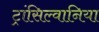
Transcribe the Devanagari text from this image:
ट्रांसिल्वानिया